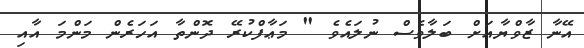
އޭނާ ޒާވްޔާއަށް ބަލާވެސް ނުލައެވެ " މަޢާފްކުރޭ ދޮންތާ އަހަރެން މަންމަ އާއި